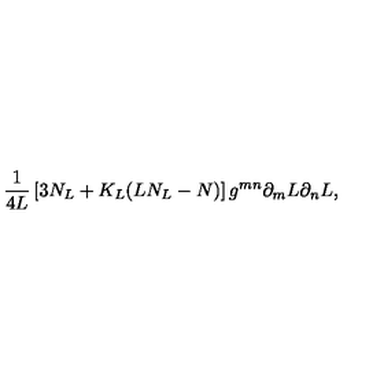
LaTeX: \frac { 1 } { 4 L } \left[ 3 N _ { L } + K _ { L } ( L N _ { L } - N ) \right] g ^ { m n } \partial _ { m } L \partial _ { n } L ,